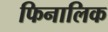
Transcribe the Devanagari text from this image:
फिनालिक